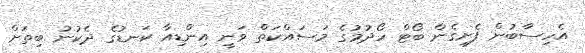
އެހިސާބުން ފެށިގެން ބޯޓް ހޯދުމުގެ މަސައްކަތް ވަނީ އިންޑިއާ ކަނޑުގެ ދެކުނު ބިތަށް